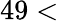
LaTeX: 49<